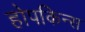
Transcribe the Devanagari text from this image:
होपकिन्स